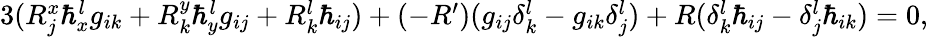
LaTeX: \begin{array}{r}{3(R_{j}^{x}\hbar_{x}^{l}g_{ik}+R_{k}^{y}\hbar_{y}^{l}g_{ij}+R_{k}^{l}\hbar_{ij})+(-R^{\prime})(g_{ij}\delta_{k}^{l}-g_{ik}\delta_{j}^{l})+R(\delta_{k}^{l}\hbar_{ij}-\delta_{j}^{l}\hbar_{ik})=0,}\end{array}